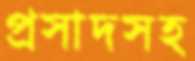
প্রসাদসহ